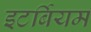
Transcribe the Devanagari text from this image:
इटर्बियम